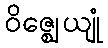
ဝိဇ္ဈေယျုံ